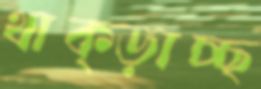
থাক্‌ড়াচ্ছ